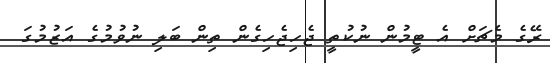
ރޭގެ މެޗަށް އެ ޓީމުން ނުކުތީ ޖެހިޖެހިގެން ތިން ބަލި ނުވުމުގެ އަޒުމުގަ